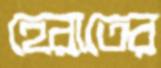
হেরাতের